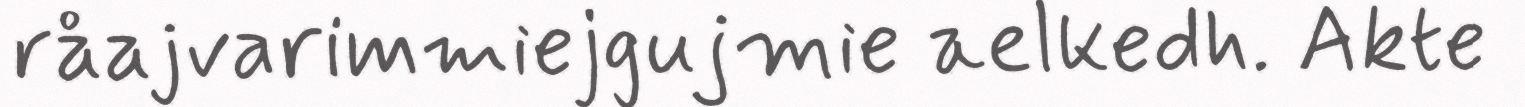
råajvarimmiejgujmie aelkedh. Akte